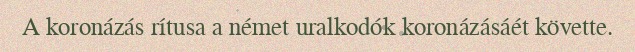
A koronázás rítusa a német uralkodók koronázásáét követte.